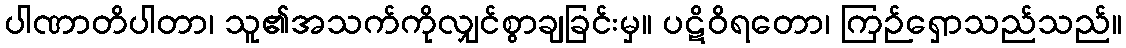
ပါဏာတိပါတာ၊ သူ၏အသက်ကိုလျှင်စွာချခြင်းမှ။ ပဋိဝိရတော၊ ကြဉ်ရှောသည်သည်။